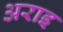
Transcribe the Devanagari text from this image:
अराइ